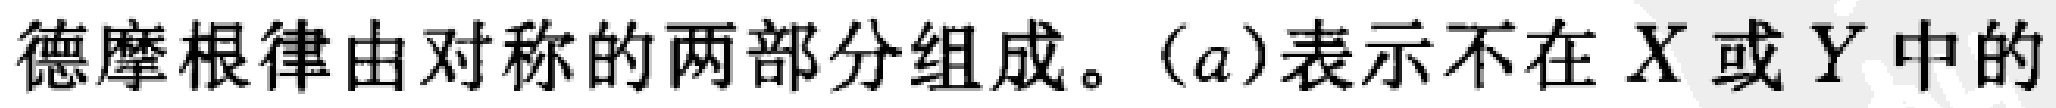
德摩根律由对称的两部分组成。（a）表示不在 \(X\) 或 \(Y\) 中